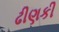
ઢીણકી